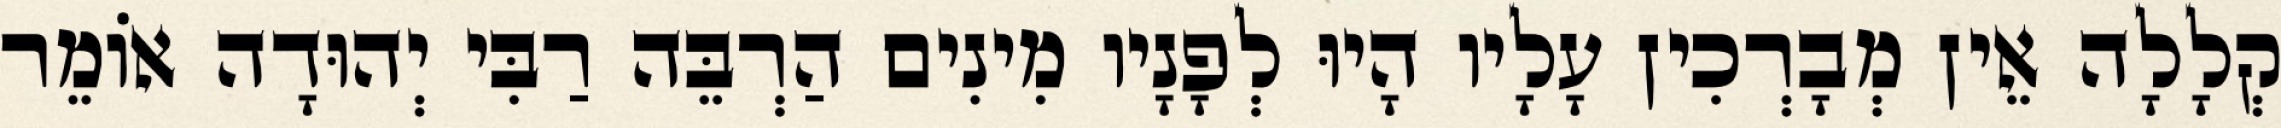
קְלָלָה אֵין מְבָרְכִין עָלָיו הָיוּ לְפָנָיו מִינִים הַרְבֵּה רַבִּי יְהוּדָה אוֹמֵר